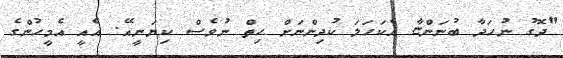
"ދޮގު ނުހަދާ ބުނަންޏާ އެކަހަލަ ކުދިންނަށް ހިތް ނުވެސް ކިޔަނީއޭ. އެއީ އެމީހުންގެ